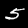
Digit: 5